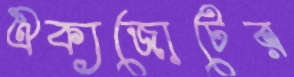
ঐক্যজোটের